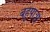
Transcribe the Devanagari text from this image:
बहुपात्रों